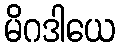
မိဂဒါယေ